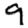
Digit: 9